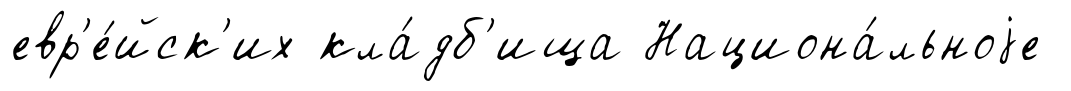
евр'е́йск'их кла́дб'ища Национа́льноjе